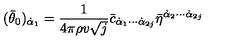
( \bar { \theta } _ { 0 } ) _ { \dot { \alpha } _ { 1 } } = \frac { 1 } { 4 \pi \rho v \sqrt { j } } \bar { c } _ { \dot { \alpha } _ { 1 } \cdots \dot { \alpha } _ { 2 j } } \bar { \eta } ^ { \dot { \alpha } _ { 2 } \cdots \dot { \alpha } _ { 2 j } }